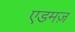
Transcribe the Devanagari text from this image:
एडमज़